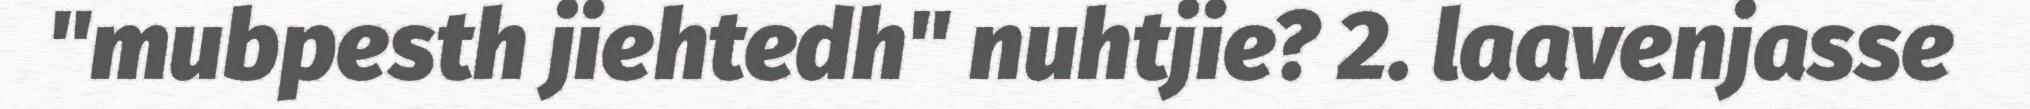
"mubpesth jiehtedh" nuhtjie? 2. laavenjasse